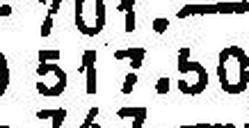
517.50